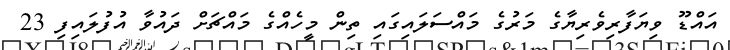
އައްޑޫ ވިޔަފާރިވެރިޔާގެ މަރުގެ މައްސަލައިގައި ތިން މީހެއްގެ މައްޗަށް ދައުވާ އުފުލައިފި 23